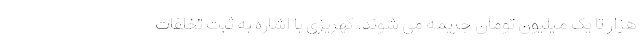
هزار تا یک میلیون تومان جریمه می شوند. کهریزی با اشاره به ثبت تخلفات